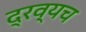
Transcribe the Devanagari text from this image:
द्रव्यच